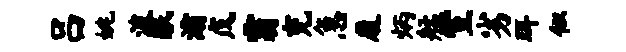
吕姚波眠灞戊霸充急厦炳艋宣劣珥似